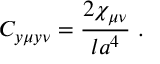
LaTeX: C _ { y \mu y \nu } = { \frac { 2 \chi _ { \mu \nu } } { l a ^ { 4 } } } \ .